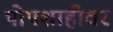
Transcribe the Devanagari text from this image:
पोपशाहीवर